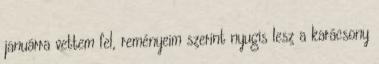
januárra vettem fel, reményeim szerint nyugis lesz a karácsony